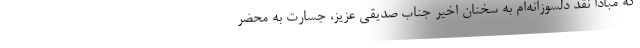
که مبادا نقد دلسوزانه‌ام به سخنان اخیر جناب صدیقی عزیز، جسارت به محضر